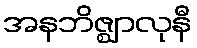
အနဘိဇ္ဈာလုနီ